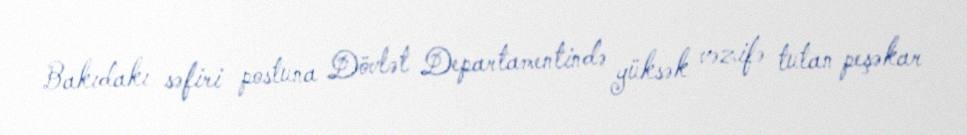
Bakıdakı səfiri postuna Dövlət Departamentində yüksək vəzifə tutan peşəkar